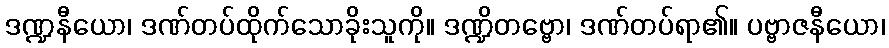
ဒဏ္ဍနီယော၊ ဒဏ်တပ်ထိုက်သောခိုးသူကို။ ဒဏ္ဍိတဗ္ဗော၊ ဒဏ်တပ်ရာ၏။ ပဗ္ဗာဇနီယော၊